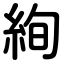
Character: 絢